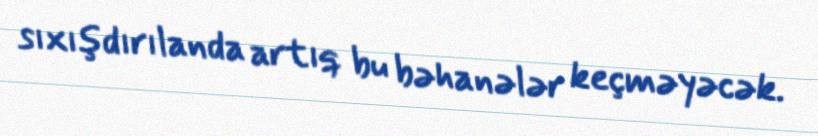
sıxışdırılanda artıq bu bəhanələr keçməyəcək.